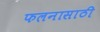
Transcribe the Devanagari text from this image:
फलनासाठी